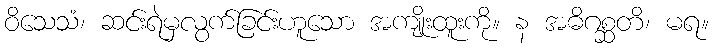
ဝိသေသံ၊ ဆင်းရဲမှလွက်ခြင်းဟူသော အကျိုးထူးကို။ န အဓိဂစ္ဆတိ၊ မရ။